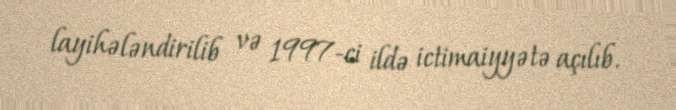
layihələndirilib və 1997-ci ildə ictimaiyyətə açılıb.